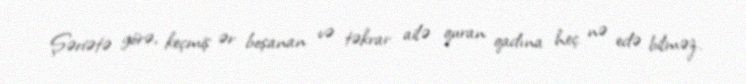
Şəriətə görə, keçmiş ər boşanan və təkrar ailə quran qadına heç nə edə bilməz.